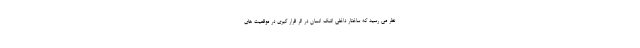
نظر می رسید که ساختار داخلی اشک انسان در اثر قرار گیری در موقعیت های